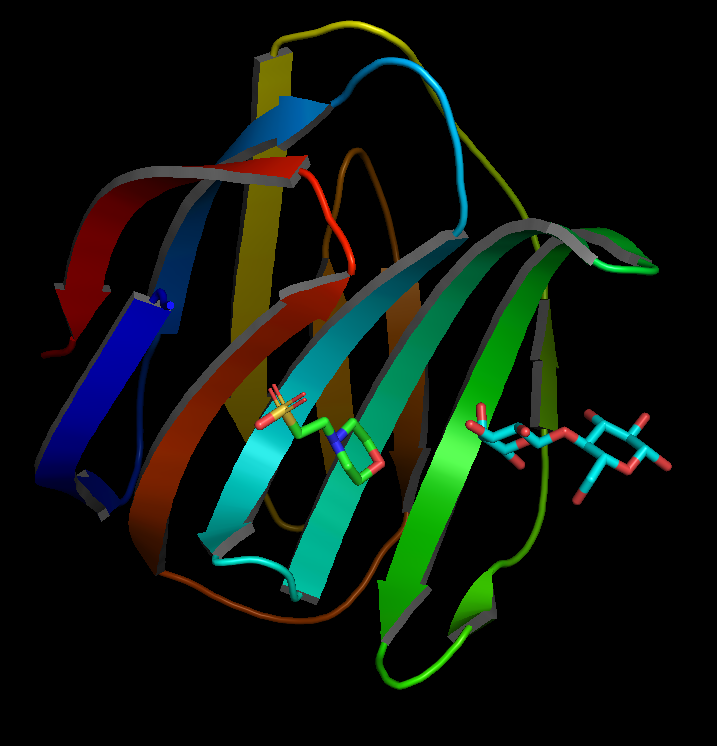
pymol, preset publication